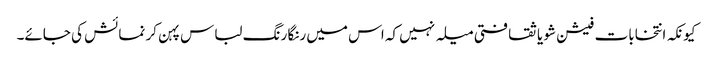
کیونکہ انتخابات فیشن شو یا ثقافتی میلہ نہیں کہ اس میں رنگا رنگ لباس پہن کر نمائش کی جائے۔